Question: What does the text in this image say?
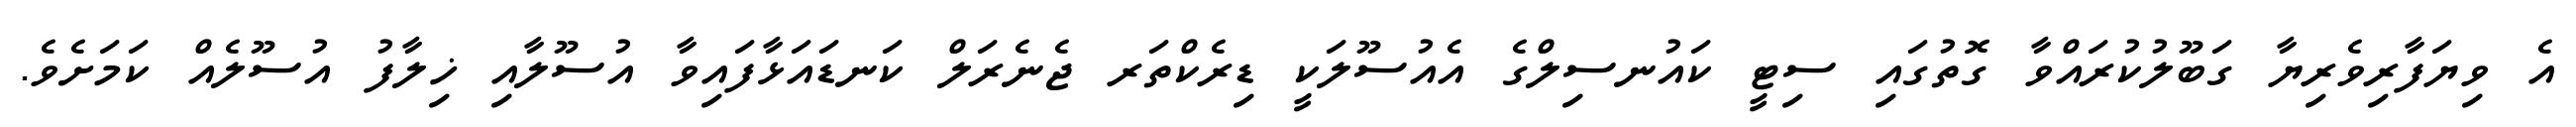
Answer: އެ ވިޔަފާރިވެރިޔާ ގަބޫލުކުރައްވާ ގޮތުގައި ސިޓީ ކައުނސިލްގެ އެއުސޫލަކީ ޑިރެކްތަރ ޖެނެރަލް ކަނޑައަޅާފައިވާ އުސޫލާއި ޚިލާފު އުސޫލެއް ކަމަށެވެ.